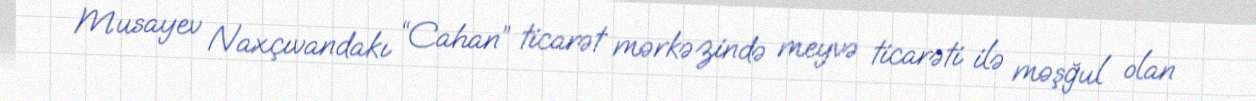
Musayev Naxçıvandakı “Cahan” ticarət mərkəzində meyvə ticarəti ilə məşğul olan